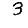
Digit: 3